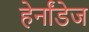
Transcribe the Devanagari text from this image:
हेर्नांडेज